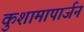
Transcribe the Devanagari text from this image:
कुशामापार्जन